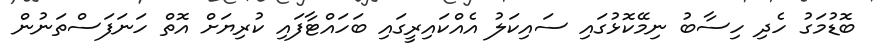
ބޮޑުމަގު ހެދި ހިސާބު ނިމޭކޮޅުގައި ސައިކަލު އެއްކައިރީގައި ބަހައްޓާފައި ކުރިޔަށް އޮތް ހަނަފަސްތަނުން